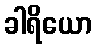
ခါရိယော